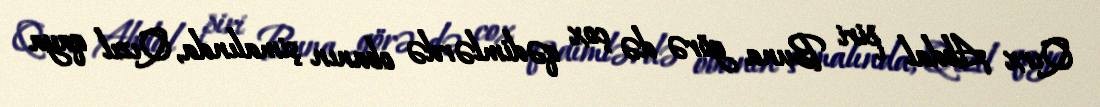
Qırx Abdal piri Buna görə də çox qədimlərdə obanın şimalında, Qızıl qaya